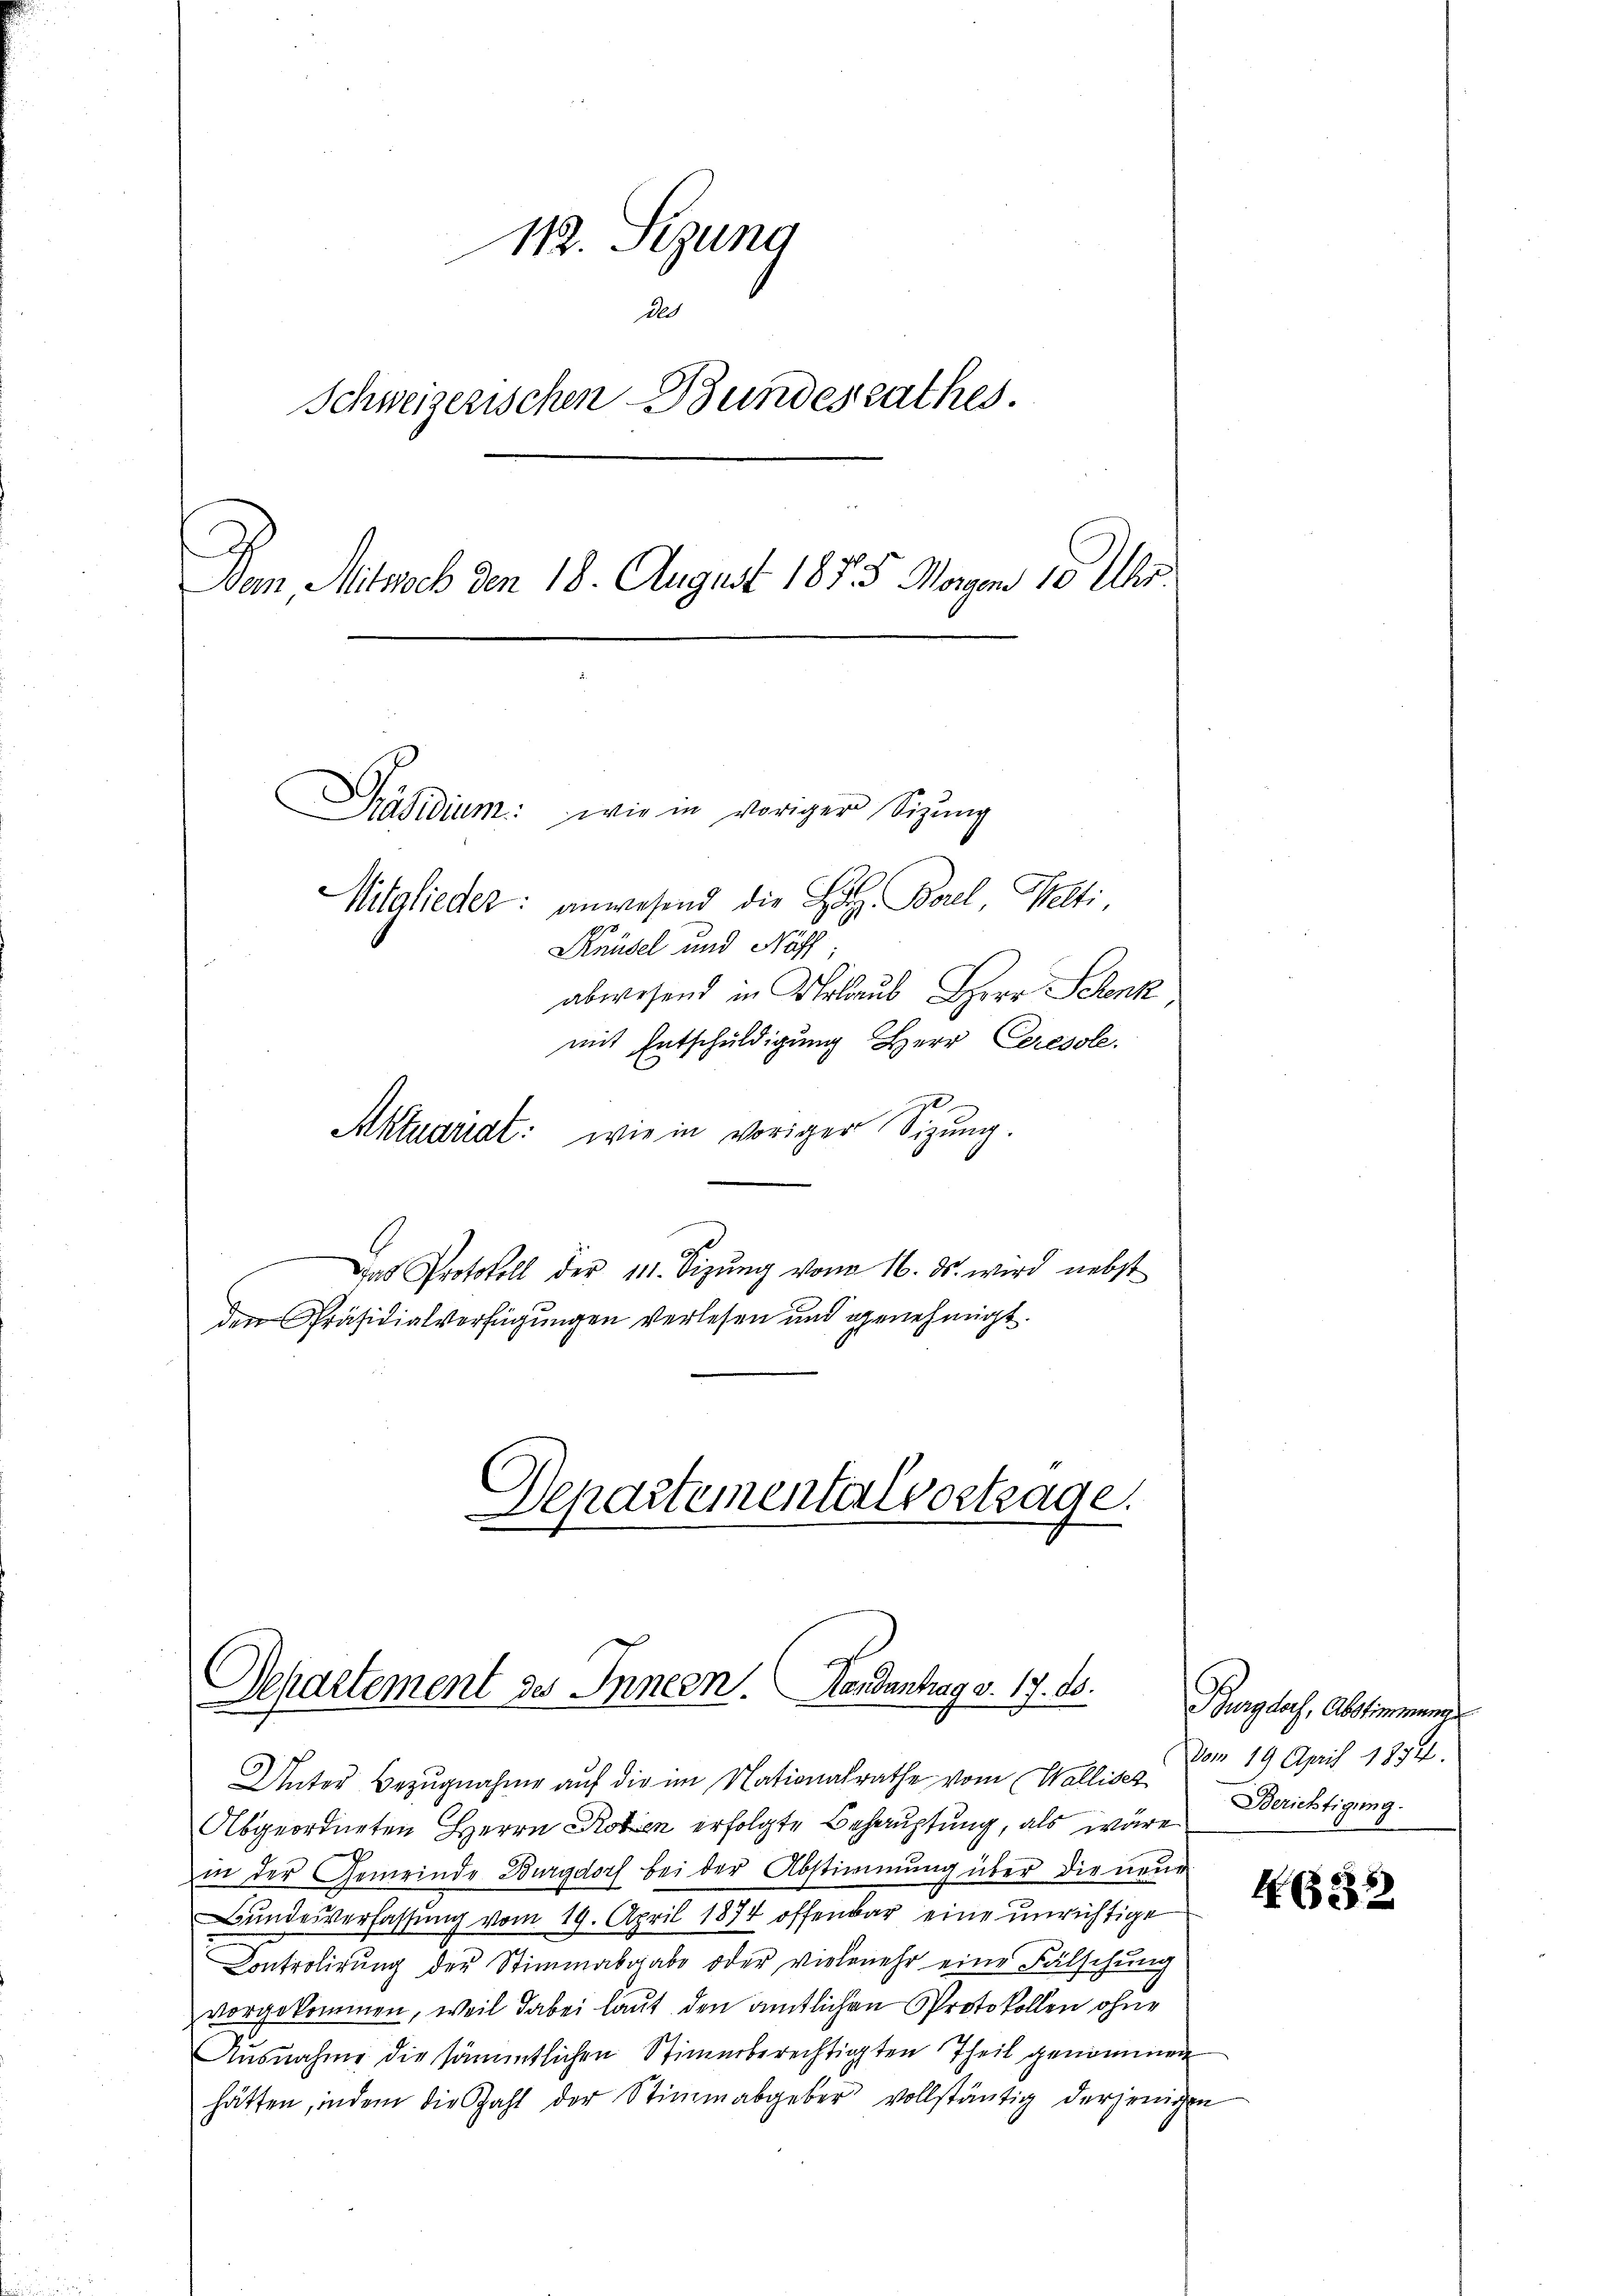
112. Sezung
das
Schweizerischen Bundesrathes.
Von Mitmeb den 18. August 1855. Magen 10 Uhr.
Präsidium: wie in voriger Sitzung
Mitglieder: anwesend die Holz. Borel Welti
Knüsel und Näff
abwesend in Urlaub, Herr Schenk
mit Entschuldigung Herr Ceresole.

2
Aktuariat: wie in voriger Sizung.
das Protokoll der 111. Sizŭng vom 16. ds. wird nebst
den Präsidialverfügungen verlesen und genehmigt.

Departementer vortrage.
Departement des Innern. Handantrag v. 17. ds. Burgdorf, Abstimmeng

in der Gemeinde Burgdorf bei der Abstimmung über die neue
Bundesverfassung vom 19. April 1874 offenbar eine unrichtige
Controlirung der Stimmabgabe oder vielmehr eine Fälschung
vorgekommen, weil dabei laut den amtlichen Protokollen ohne
Ausnahme die sämmtlichen Stimmberechtigten Theil genommen
hätten, indem die Zahl der Stiṁmabgeber vollständig derjenigen

Unter Bezugnahme auf die im Nationalrathe vom Wallisez
Abgeordneten Herrn Roten erfolgte Behauptung, als wäre Berichtigung.

vom 19. April 1894.

H. 622